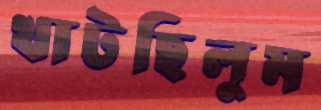
খাটছিলুম